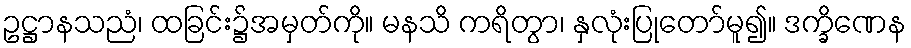
ဥဋ္ဌာနသညံ၊ ထခြင်း၌အမှတ်ကို။ မနသိ ကရိတွာ၊ နှလုံးပြုတော်မူ၍။ ဒက္ခိဏေန